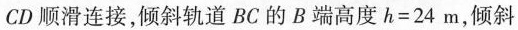
CD顺滑连接，倾斜轨道BC的B端高度$$h=24m$$，倾斜